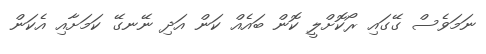
ނަމަވެސް ގޭގައި ރޯކޮށްލީ ކޮން ބައެއް ކަން އަދި ނޭނގޭ ކަމަށާއި އެކަން